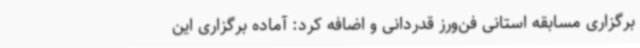
برگزاری مسابقه استانی فن‌ورز قدردانی و اضافه کرد: آماده برگزاری این